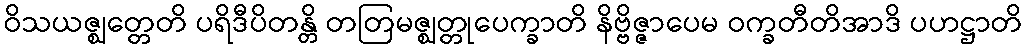
ဝိသယဇ္ဈတ္တေတိ ပရိဒီပိတန္တိ တတြမဇ္ဈတ္တုပေက္ခာတိ နိဗ္ဗိဇ္ဇာပေမ ဝက္ခတီတိအာဒိ ပဟဋ္ဌာတိ